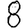
Digit: 8